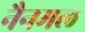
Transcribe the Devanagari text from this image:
नैनमल